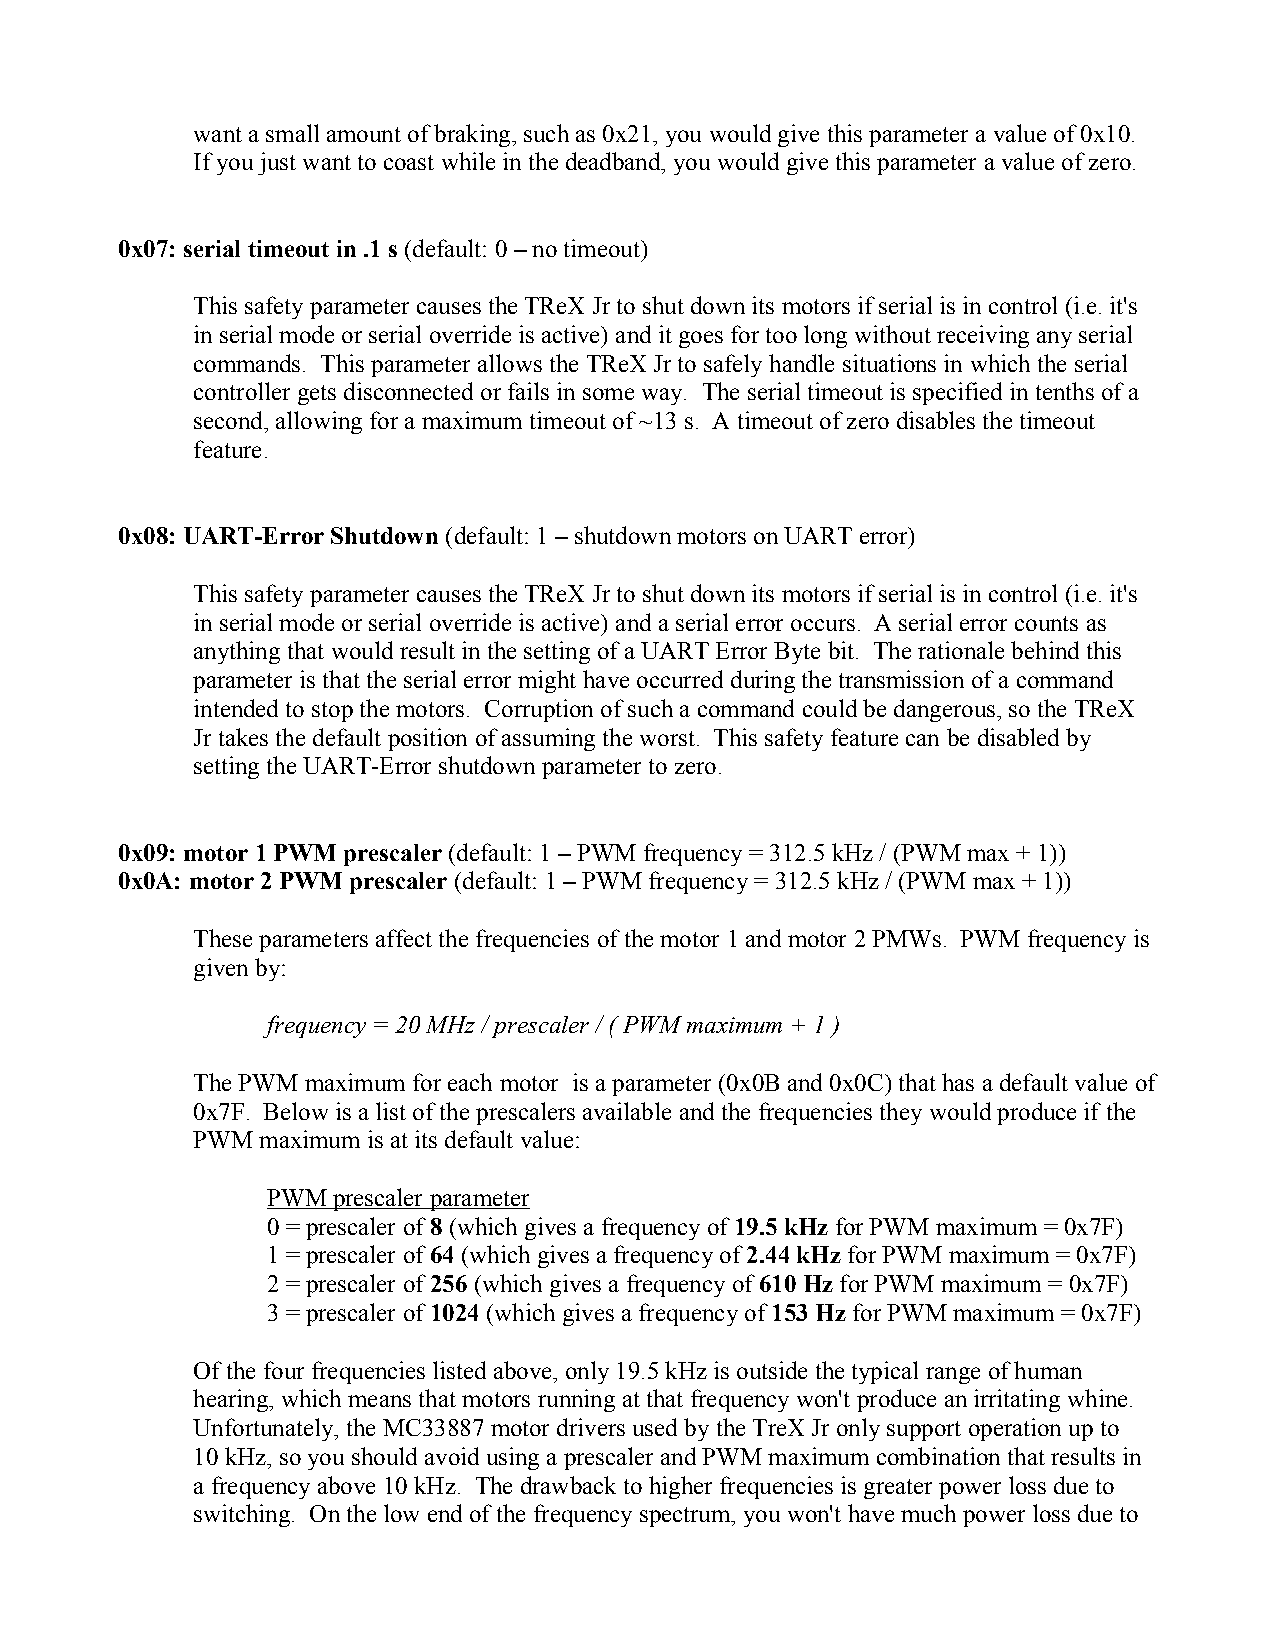
want a small amount of braking, such as 0x21, you would give this parameter a value of 0x10.
 If you just want to coast while in the deadband, you would give this parameter a value of zero.
 0x07: serial timeout in .1 s (default: 0 – no timeout)
 This safety parameter causes the TReX Jr to shut down its motors if serial is in control (i.e. it's
 in serial mode or serial override is active) and it goes for too long without receiving any serial
 commands. This parameter allows the TReX Jr to safely handle situations in which the serial
 controller gets disconnected or fails in some way. The serial timeout is specified in tenths of a
 second, allowing for a maximum timeout of ~13 s. A timeout of zero disables the timeout
 feature.
 0x08: UART-Error Shutdown (default: 1 – shutdown motors on UART error)
 This safety parameter causes the TReX Jr to shut down its motors if serial is in control (i.e. it's
 in serial mode or serial override is active) and a serial error occurs. A serial error counts as
 anything that would result in the setting of a UART Error Byte bit. The rationale behind this
 parameter is that the serial error might have occurred during the transmission of a command
 intended to stop the motors. Corruption of such a command could be dangerous, so the TReX
 Jr takes the default position of assuming the worst. This safety feature can be disabled by
 setting the UART-Error shutdown parameter to zero.
 0x09: motor 1 PWM prescaler (default: 1 – PWM frequency = 312.5 kHz / (PWM max + 1))
 0x0A: motor 2 PWM prescaler (default: 1 – PWM frequency = 312.5 kHz / (PWM max + 1))
 These parameters affect the frequencies of the motor 1 and motor 2 PMWs. PWM frequency is
 given by:
 frequency = 20 MHz / prescaler / ( PWM maximum + 1 )
 The PWM maximum for each motor is a parameter (0x0B and 0x0C) that has a default value of
 0x7F. Below is a list of the prescalers available and the frequencies they would produce if the
 PWM maximum is at its default value:
 PWM prescaler parameter
 0 = prescaler of 8 (which gives a frequency of 19.5 kHz for PWM maximum = 0x7F)
 1 = prescaler of 64 (which gives a frequency of 2.44 kHz for PWM maximum = 0x7F)
 2 = prescaler of 256 (which gives a frequency of 610 Hz for PWM maximum = 0x7F)
 3 = prescaler of 1024 (which gives a frequency of 153 Hz for PWM maximum = 0x7F)
 Of the four frequencies listed above, only 19.5 kHz is outside the typical range of human
 hearing, which means that motors running at that frequency won't produce an irritating whine.
 Unfortunately, the MC33887 motor drivers used by the TreX Jr only support operation up to
 10 kHz, so you should avoid using a prescaler and PWM maximum combination that results in
 a frequency above 10 kHz. The drawback to higher frequencies is greater power loss due to
 switching. On the low end of the frequency spectrum, you won't have much power loss due to